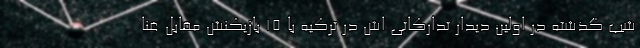
شب گذشته در اولین دیدار تدارکاتی اش در ترکیه با 15 بازیکنش مقابل غنا